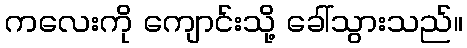
ကလေးကို ကျောင်းသို့ ခေါ်သွားသည်။